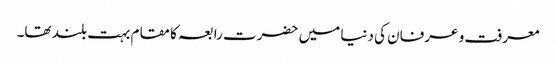
معرفت و عرفان کی دنیا میں حضرت رابعہ کا مقام بہت بلند تھا۔